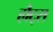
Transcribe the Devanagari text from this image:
हौट्स